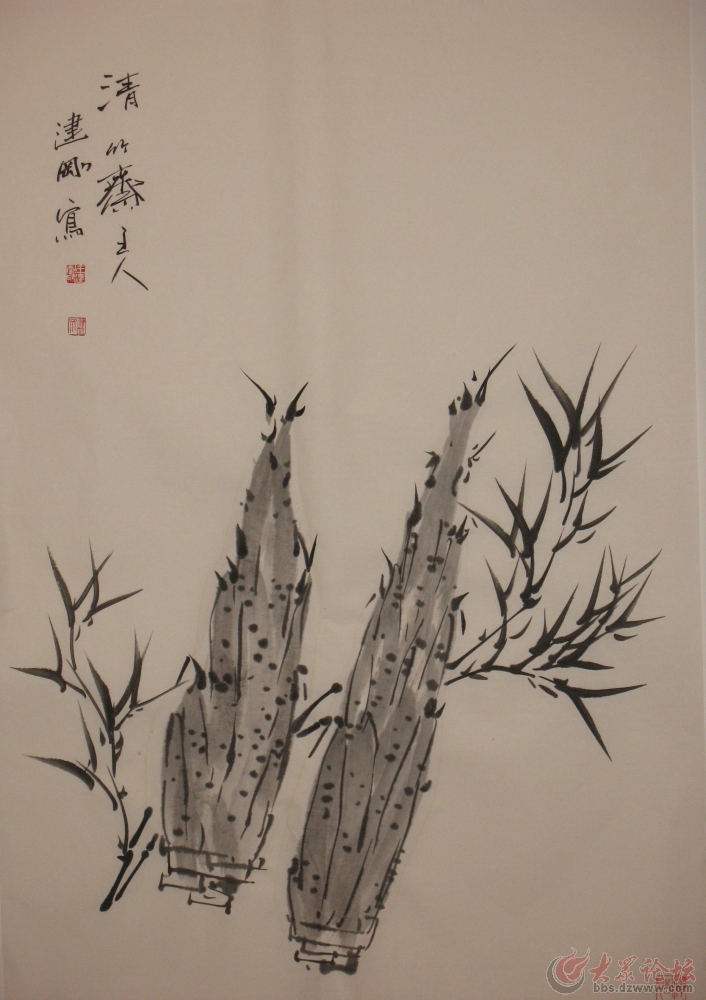
衙斋卧听萧萧竹，疑是民间疾苦声。